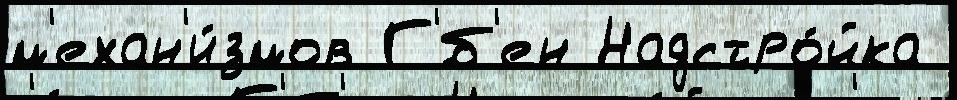
м'ехан'и́змов Г'́б'ен Надстро́йка